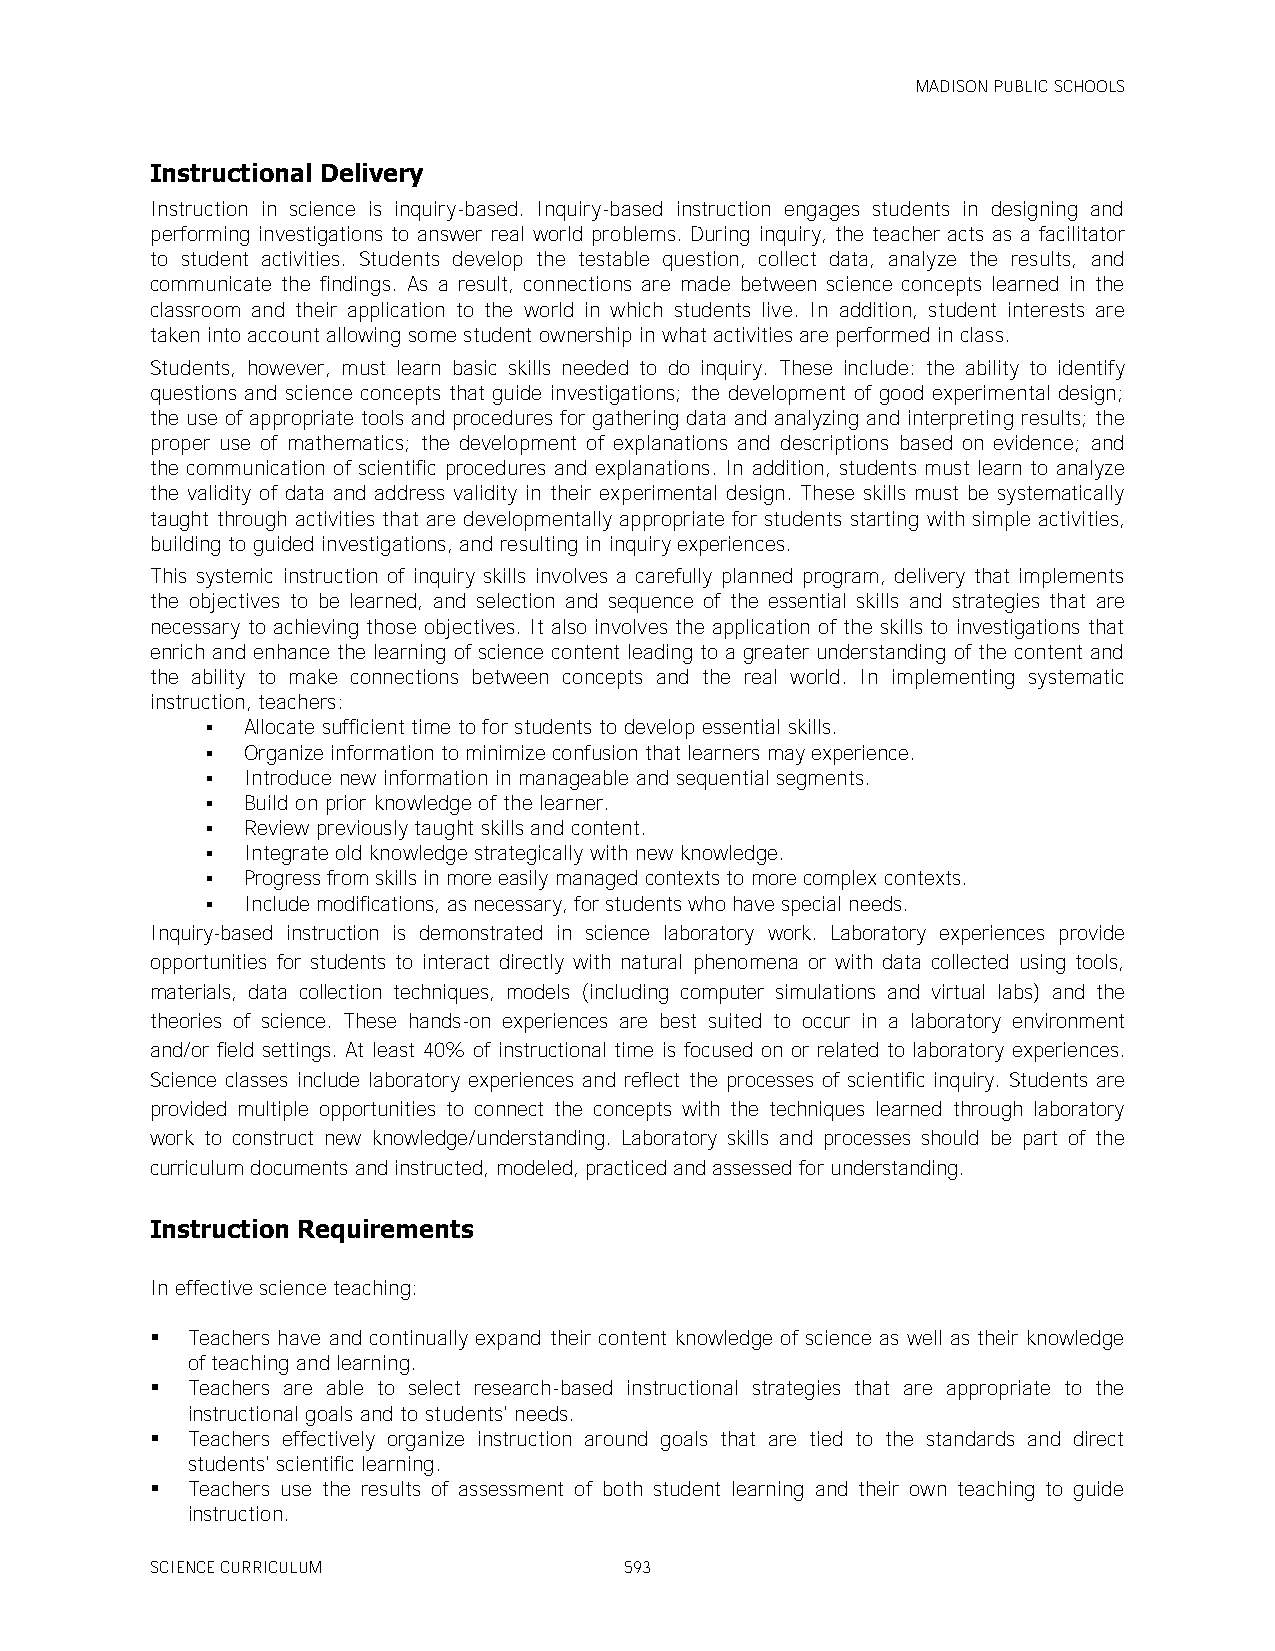
MADISON PUBLIC SCHOOLS
 Instructional Delivery
 Instruction in science is inquiry-based. Inquiry-based instruction engages students in designing and
 performing investigations to answer real world problems. During inquiry, the teacher acts as a facilitator
 to student activities. Students develop the testable question, collect data, analyze the results, and
 communicate the findings. As a result, connections are made between science concepts learned in the
 classroom and their application to the world in which students live. In addition, student interests are
 taken into account allowing some student ownership in what activities are performed in class.
 Students, however, must learn basic skills needed to do inquiry. These include: the ability to identify
 questions and science concepts that guide investigations; the development of good experimental design;
 the use of appropriate tools and procedures for gathering data and analyzing and interpreting results; the
 proper use of mathematics; the development of explanations and descriptions based on evidence; and
 the communication of scientific procedures and explanations. In addition, students must learn to analyze
 the validity of data and address validity in their experimental design. These skills must be systematically
 taught through activities that are developmentally appropriate for students starting with simple activities,
 building to guided investigations, and resulting in inquiry experiences.
 This systemic instruction of inquiry skills involves a carefully planned program, delivery that implements
 the objectives to be learned, and selection and sequence of the essential skills and strategies that are
 necessary to achieving those objectives. It also involves the application of the skills to investigations that
 enrich and enhance the learning of science content leading to a greater understanding of the content and
 the ability to make connections between concepts and the real world. In implementing systematic
 instruction, teachers:
  Allocate sufficient time to for students to develop essential skills.
  Organize information to minimize confusion that learners may experience.
  Introduce new information in manageable and sequential segments.
  Build on prior knowledge of the learner.
  Review previously taught skills and content.
  Integrate old knowledge strategically with new knowledge.
  Progress from skills in more easily managed contexts to more complex contexts.
  Include modifications, as necessary, for students who have special needs.
 Inquiry-based instruction is demonstrated in science laboratory work. Laboratory experiences provide
 opportunities for students to interact directly with natural phenomena or with data collected using tools,
 materials, data collection techniques, models (including computer simulations and virtual labs) and the
 theories of science. These hands-on experiences are best suited to occur in a laboratory environment
 and/or field settings. At least 40% of instructional time is focused on or related to laboratory experiences.
 Science classes include laboratory experiences and reflect the processes of scientific inquiry. Students are
 provided multiple opportunities to connect the concepts with the techniques learned through laboratory
 work to construct new knowledge/understanding. Laboratory skills and processes should be part of the
 curriculum documents and instructed, modeled, practiced and assessed for understanding.
 Instruction Requirements
 In effective science teaching:
  Teachers have and continually expand their content knowledge of science as well as their knowledge
 of teaching and learning.
  Teachers are able to select research-based instructional strategies that are appropriate to the
 instructional goals and to students' needs.
  Teachers effectively organize instruction around goals that are tied to the standards and direct
 students' scientific learning.
  Teachers use the results of assessment of both student learning and their own teaching to guide
 instruction.
 SCIENCE CURRICULUM             593